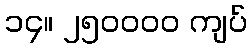
၁၄။ ၂၅၀၀၀၀ ကျပ်